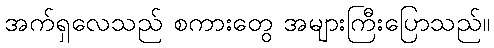
အက်ရှလေသည် စကားတွေ အများကြီးပြောသည်။